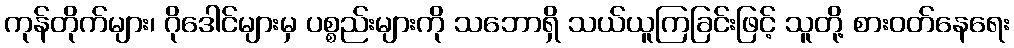
ကုန်တိုက်များ၊ ဂိုဒေါင်များမှ ပစ္စည်းများကို သဘောရှိ သယ်ယူကြခြင်းဖြင့် သူတို့ စားဝတ်နေရေး